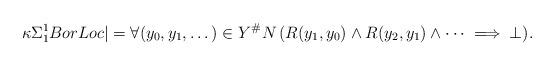
LaTeX: \begin{align*}\!{\kappa\Sigma^1_1BorLoc} |= \forall (y_0, y_1, \dotsc) \in Y^\#N\, (R(y_1, y_0) \wedge R(y_2, y_1) \wedge \dotsb \implies \bot).\end{align*}